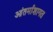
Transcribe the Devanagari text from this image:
आंतर्माशागत